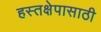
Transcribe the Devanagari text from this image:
हस्तक्षेपासाठी